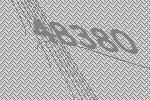
48380